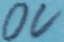
Text: 0V